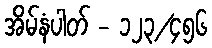
အိမ်နံပါတ် - ၁၂၃/၄၅၆